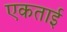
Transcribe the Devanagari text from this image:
एकताई